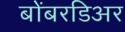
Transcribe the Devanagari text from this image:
बोंबरडिअर